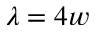
\lambda = 4 w